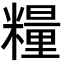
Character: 糧